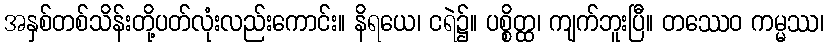
အနှစ်တစ်သိန်းတို့ပတ်လုံးလည်းကောင်း။ နိရယေ၊ ငရဲ၌။ ပစ္စိတ္ထ၊ ကျက်ဘူးပြီ။ တဿေဝ ကမ္မဿ၊